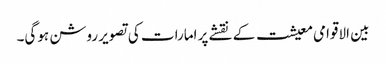
بین الاقوامی معیشت کے نقشے پر امارات کی تصویر روشن ہوگی۔